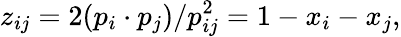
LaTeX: z_{ij}=2(p_{i}\cdot p_{j})/p_{ij}^{2}=1-x_{i}-x_{j},